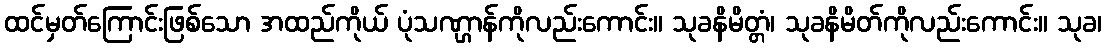
ထင်မှတ်ကြောင်းဖြစ်သော အထည်ကိုယ် ပုံသဏ္ဌာန်ကိုလည်းကောင်း။ သုခနိမိတ္တံ၊ သုခနိမိတ်ကိုလည်းကောင်း။ သုခ၊